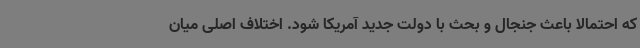
که احتمالا باعث جنجال و بحث با دولت جدید آمریکا شود. اختلاف اصلی میان